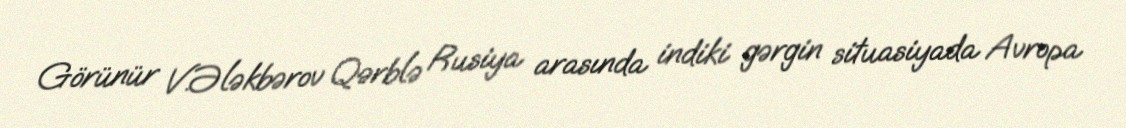
Görünür V.Ələkbərov Qərblə Rusiya arasında indiki gərgin situasiyada Avropa